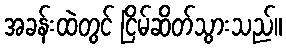
အခန်းထဲတွင် ငြိမ်ဆိတ်သွားသည်။